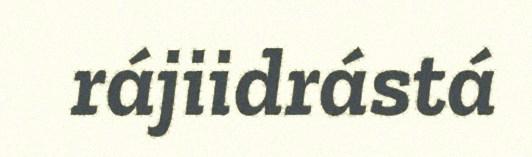
rájiidrástá